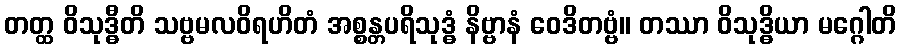
တတ္ထ ဝိသုဒ္ဓီတိ သဗ္ဗမလဝိရဟိတံ အစ္စန္တပရိသုဒ္ဓံ နိဗ္ဗာနံ ဝေဒိတဗ္ဗံ။ တဿာ ဝိသုဒ္ဓိယာ မဂ္ဂေါတိ